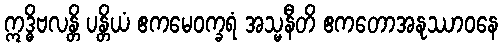
ဣဒ္ဓိဗလန္တိ ပန္တိယံ ဧကမေဝက္ခရံ အသ္မနီတိ ဧကတောအနုဿာဝနေ